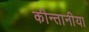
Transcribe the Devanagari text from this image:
कीन्तानीया